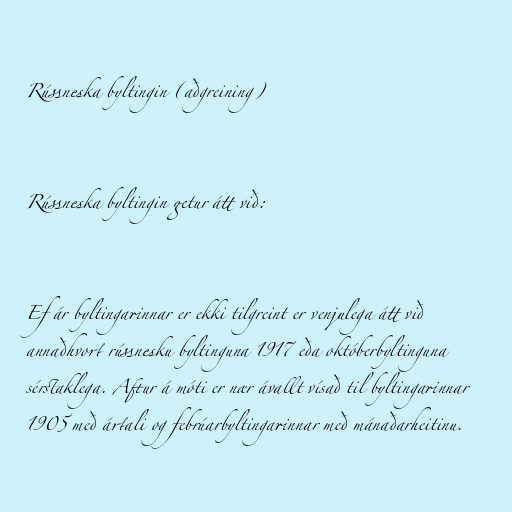
Rússneska byltingin (aðgreining)

Rússneska byltingin getur átt við:

Ef ár byltingarinnar er ekki tilgreint er venjulega átt við
annaðhvort rússnesku byltinguna 1917 eða októberbyltinguna
sérstaklega. Aftur á móti er nær ávallt vísað til byltingarinnar
1905 með ártali og febrúarbyltingarinnar með mánaðarheitinu.